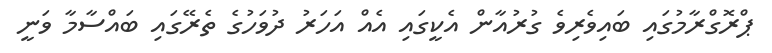
ޕްރޮގްރާމުގައި ބައިވެރިވެ ގުރުއާން އެކީގައި އެއް އަހަރު ދުވަހުގެ ތެރޭގައި ބައްސާމާ ވަނީ